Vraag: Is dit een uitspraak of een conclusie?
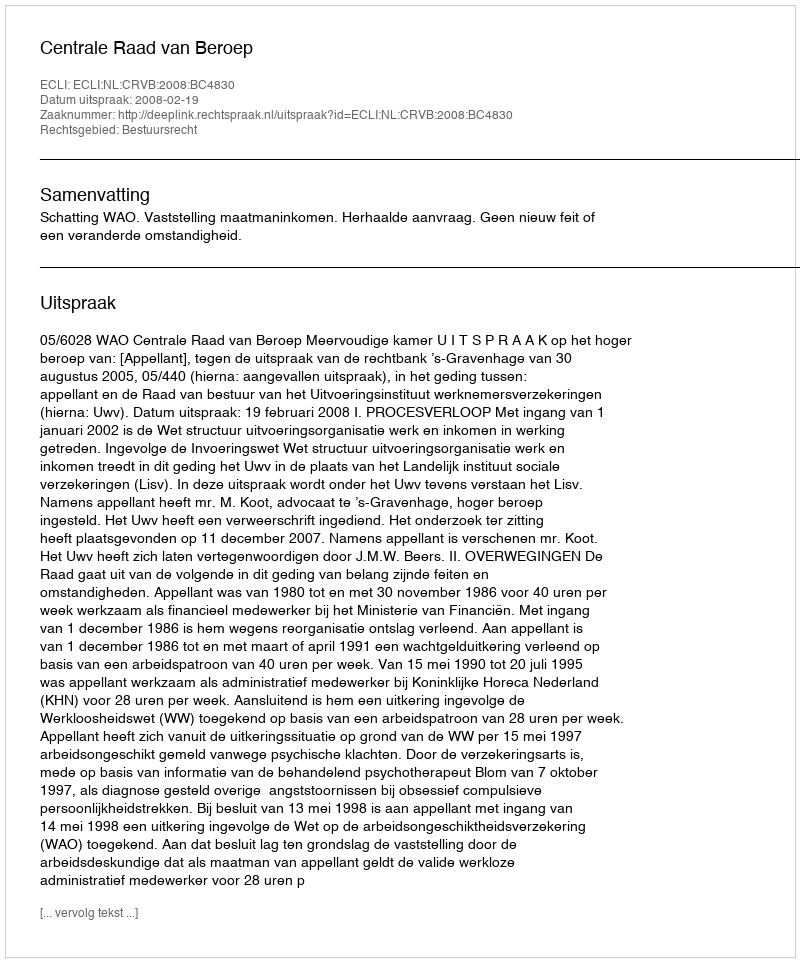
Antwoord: Uitspraak